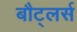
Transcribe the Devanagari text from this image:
बौट्लर्स